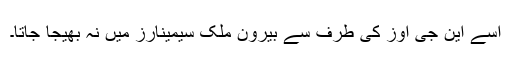
اسے این جی اوز کی طرف سے بیرون ملک سیمینارز میں نہ بھیجا جاتا۔